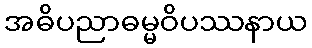
အဓိပညာဓမ္မဝိပဿနာယ